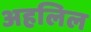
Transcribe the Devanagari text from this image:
अहलिल